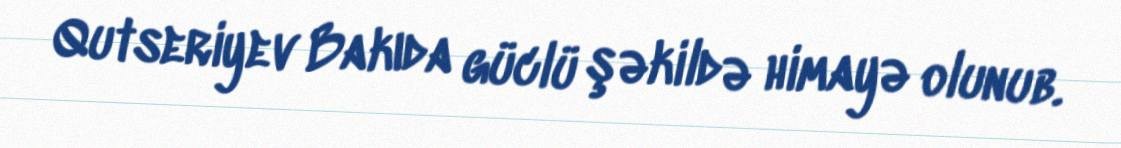
Qutseriyev Bakıda güclü şəkildə himayə olunub.